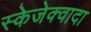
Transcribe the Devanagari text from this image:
स्केजेक्वादा